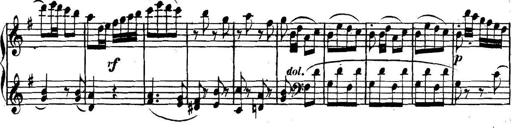
Title: Collected Piano Sonatas
Composer: Muzio Clementi